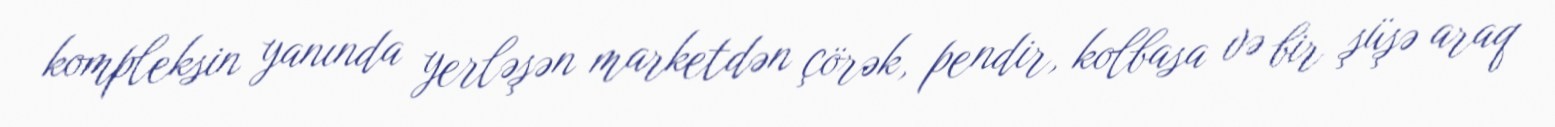
kompleksin yanında yerləşən marketdən çörək, pendir, kolbasa və bir şüşə araq